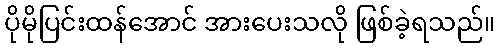
ပိုမိုပြင်းထန်အောင် အားပေးသလို ဖြစ်ခဲ့ရသည်။